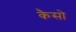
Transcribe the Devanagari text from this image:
कैसो